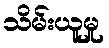
သိမ်းယူမှု